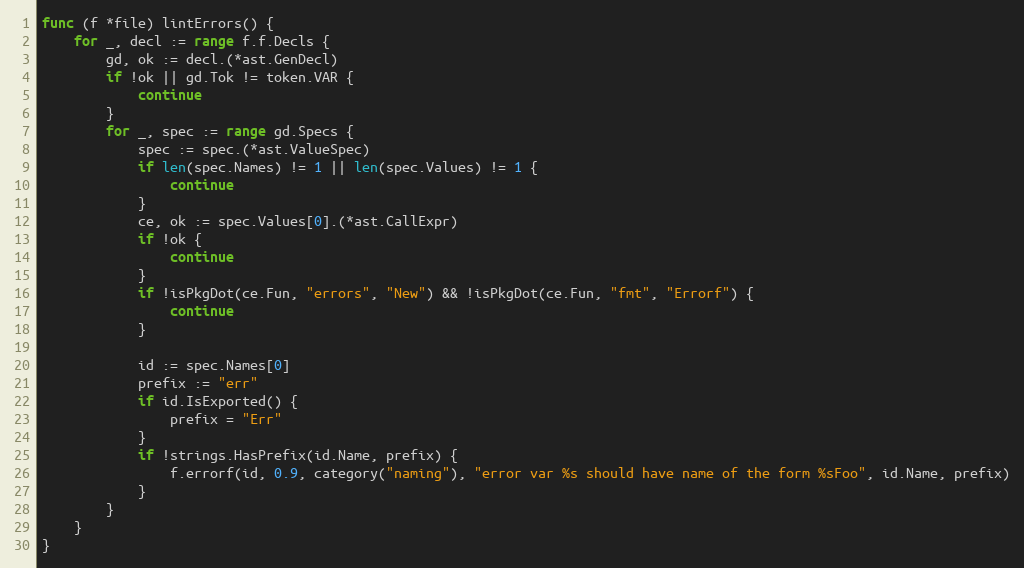
Language: Go
func (f *file) lintErrors() {
	for _, decl := range f.f.Decls {
		gd, ok := decl.(*ast.GenDecl)
		if !ok || gd.Tok != token.VAR {
			continue
		}
		for _, spec := range gd.Specs {
			spec := spec.(*ast.ValueSpec)
			if len(spec.Names) != 1 || len(spec.Values) != 1 {
				continue
			}
			ce, ok := spec.Values[0].(*ast.CallExpr)
			if !ok {
				continue
			}
			if !isPkgDot(ce.Fun, "errors", "New") && !isPkgDot(ce.Fun, "fmt", "Errorf") {
				continue
			}

			id := spec.Names[0]
			prefix := "err"
			if id.IsExported() {
				prefix = "Err"
			}
			if !strings.HasPrefix(id.Name, prefix) {
				f.errorf(id, 0.9, category("naming"), "error var %s should have name of the form %sFoo", id.Name, prefix)
			}
		}
	}
}